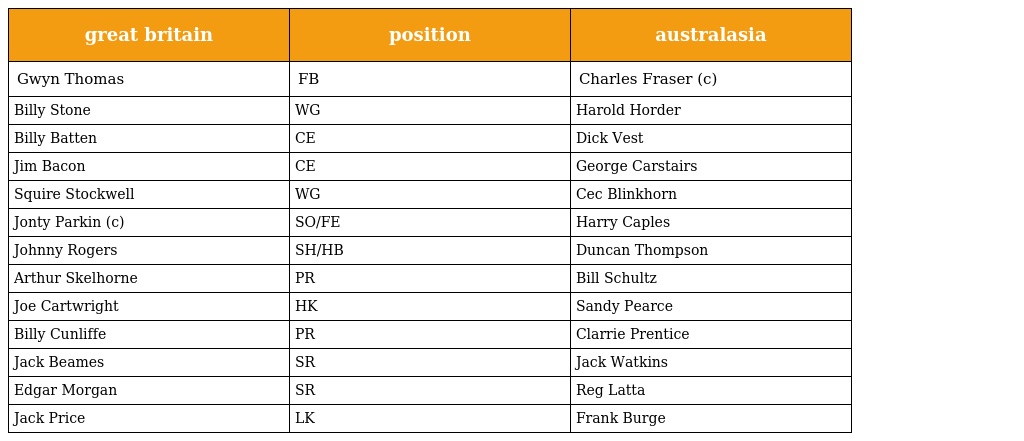
| great britain | position | australasia |
 | --- | --- | --- |
 | Gwyn Thomas | FB | Charles Fraser (c) |
 | Billy Stone | WG | Harold Horder |
 | Billy Batten | CE | Dick Vest |
 | Jim Bacon | CE | George Carstairs |
 | Squire Stockwell | WG | Cec Blinkhorn |
 | Jonty Parkin (c) | SO/FE | Harry Caples |
 | Johnny Rogers | SH/HB | Duncan Thompson |
 | Arthur Skelhorne | PR | Bill Schultz |
 | Joe Cartwright | HK | Sandy Pearce |
 | Billy Cunliffe | PR | Clarrie Prentice |
 | Jack Beames | SR | Jack Watkins |
 | Edgar Morgan | SR | Reg Latta |
 | Jack Price | LK | Frank Burge |